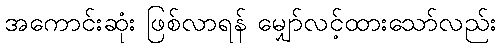
အကောင်းဆုံး ဖြစ်လာရန် မျှော်လင့်ထားသော်လည်း